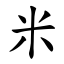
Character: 米